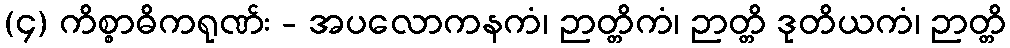
(၄) ကိစ္စာဓိကရုဏ်း - အပလောကနကံ၊ ဉာတ္တိကံ၊ ဉာတ္တိ ဒုတိယကံ၊ ဉာတ္တိ